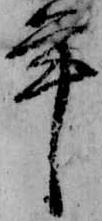
年